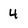
Character: 4